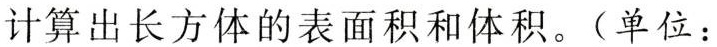
计算出长方体的表面积和体积。(单位：